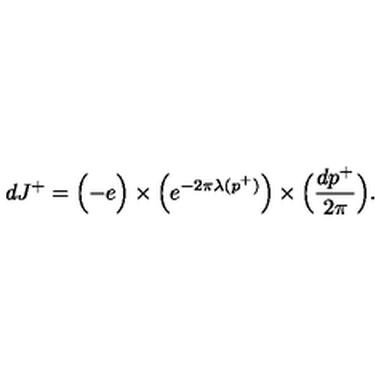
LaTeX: d J ^ { + } = \Bigl ( - e \Bigr ) \times \Bigl ( e ^ { - 2 \pi \lambda ( p ^ { + } ) } \Bigr ) \times \Bigl ( { \frac { d p ^ { + } } { 2 \pi } } \Bigr ) .